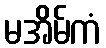
မအိမ်ကံ